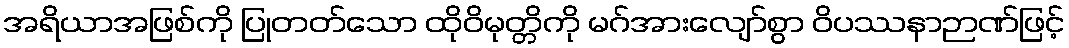
အရိယာအဖြစ်ကို ပြုတတ်သော ထိုဝိမုတ္တိကို မဂ်အားလျော်စွာ ဝိပဿနာဉာဏ်ဖြင့်